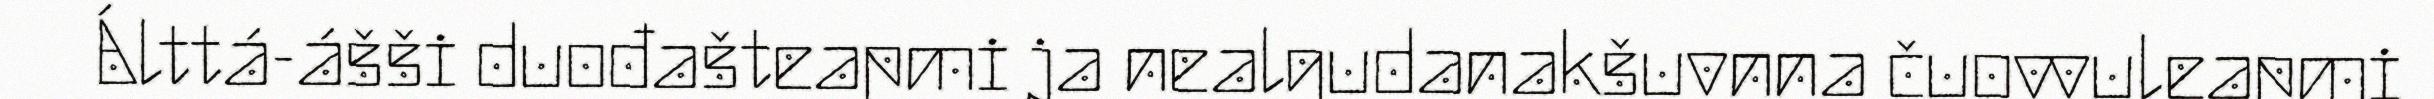
Álttá-ášši duođašteapmi ja nealgudanakšuvnna čuovvuleapmi